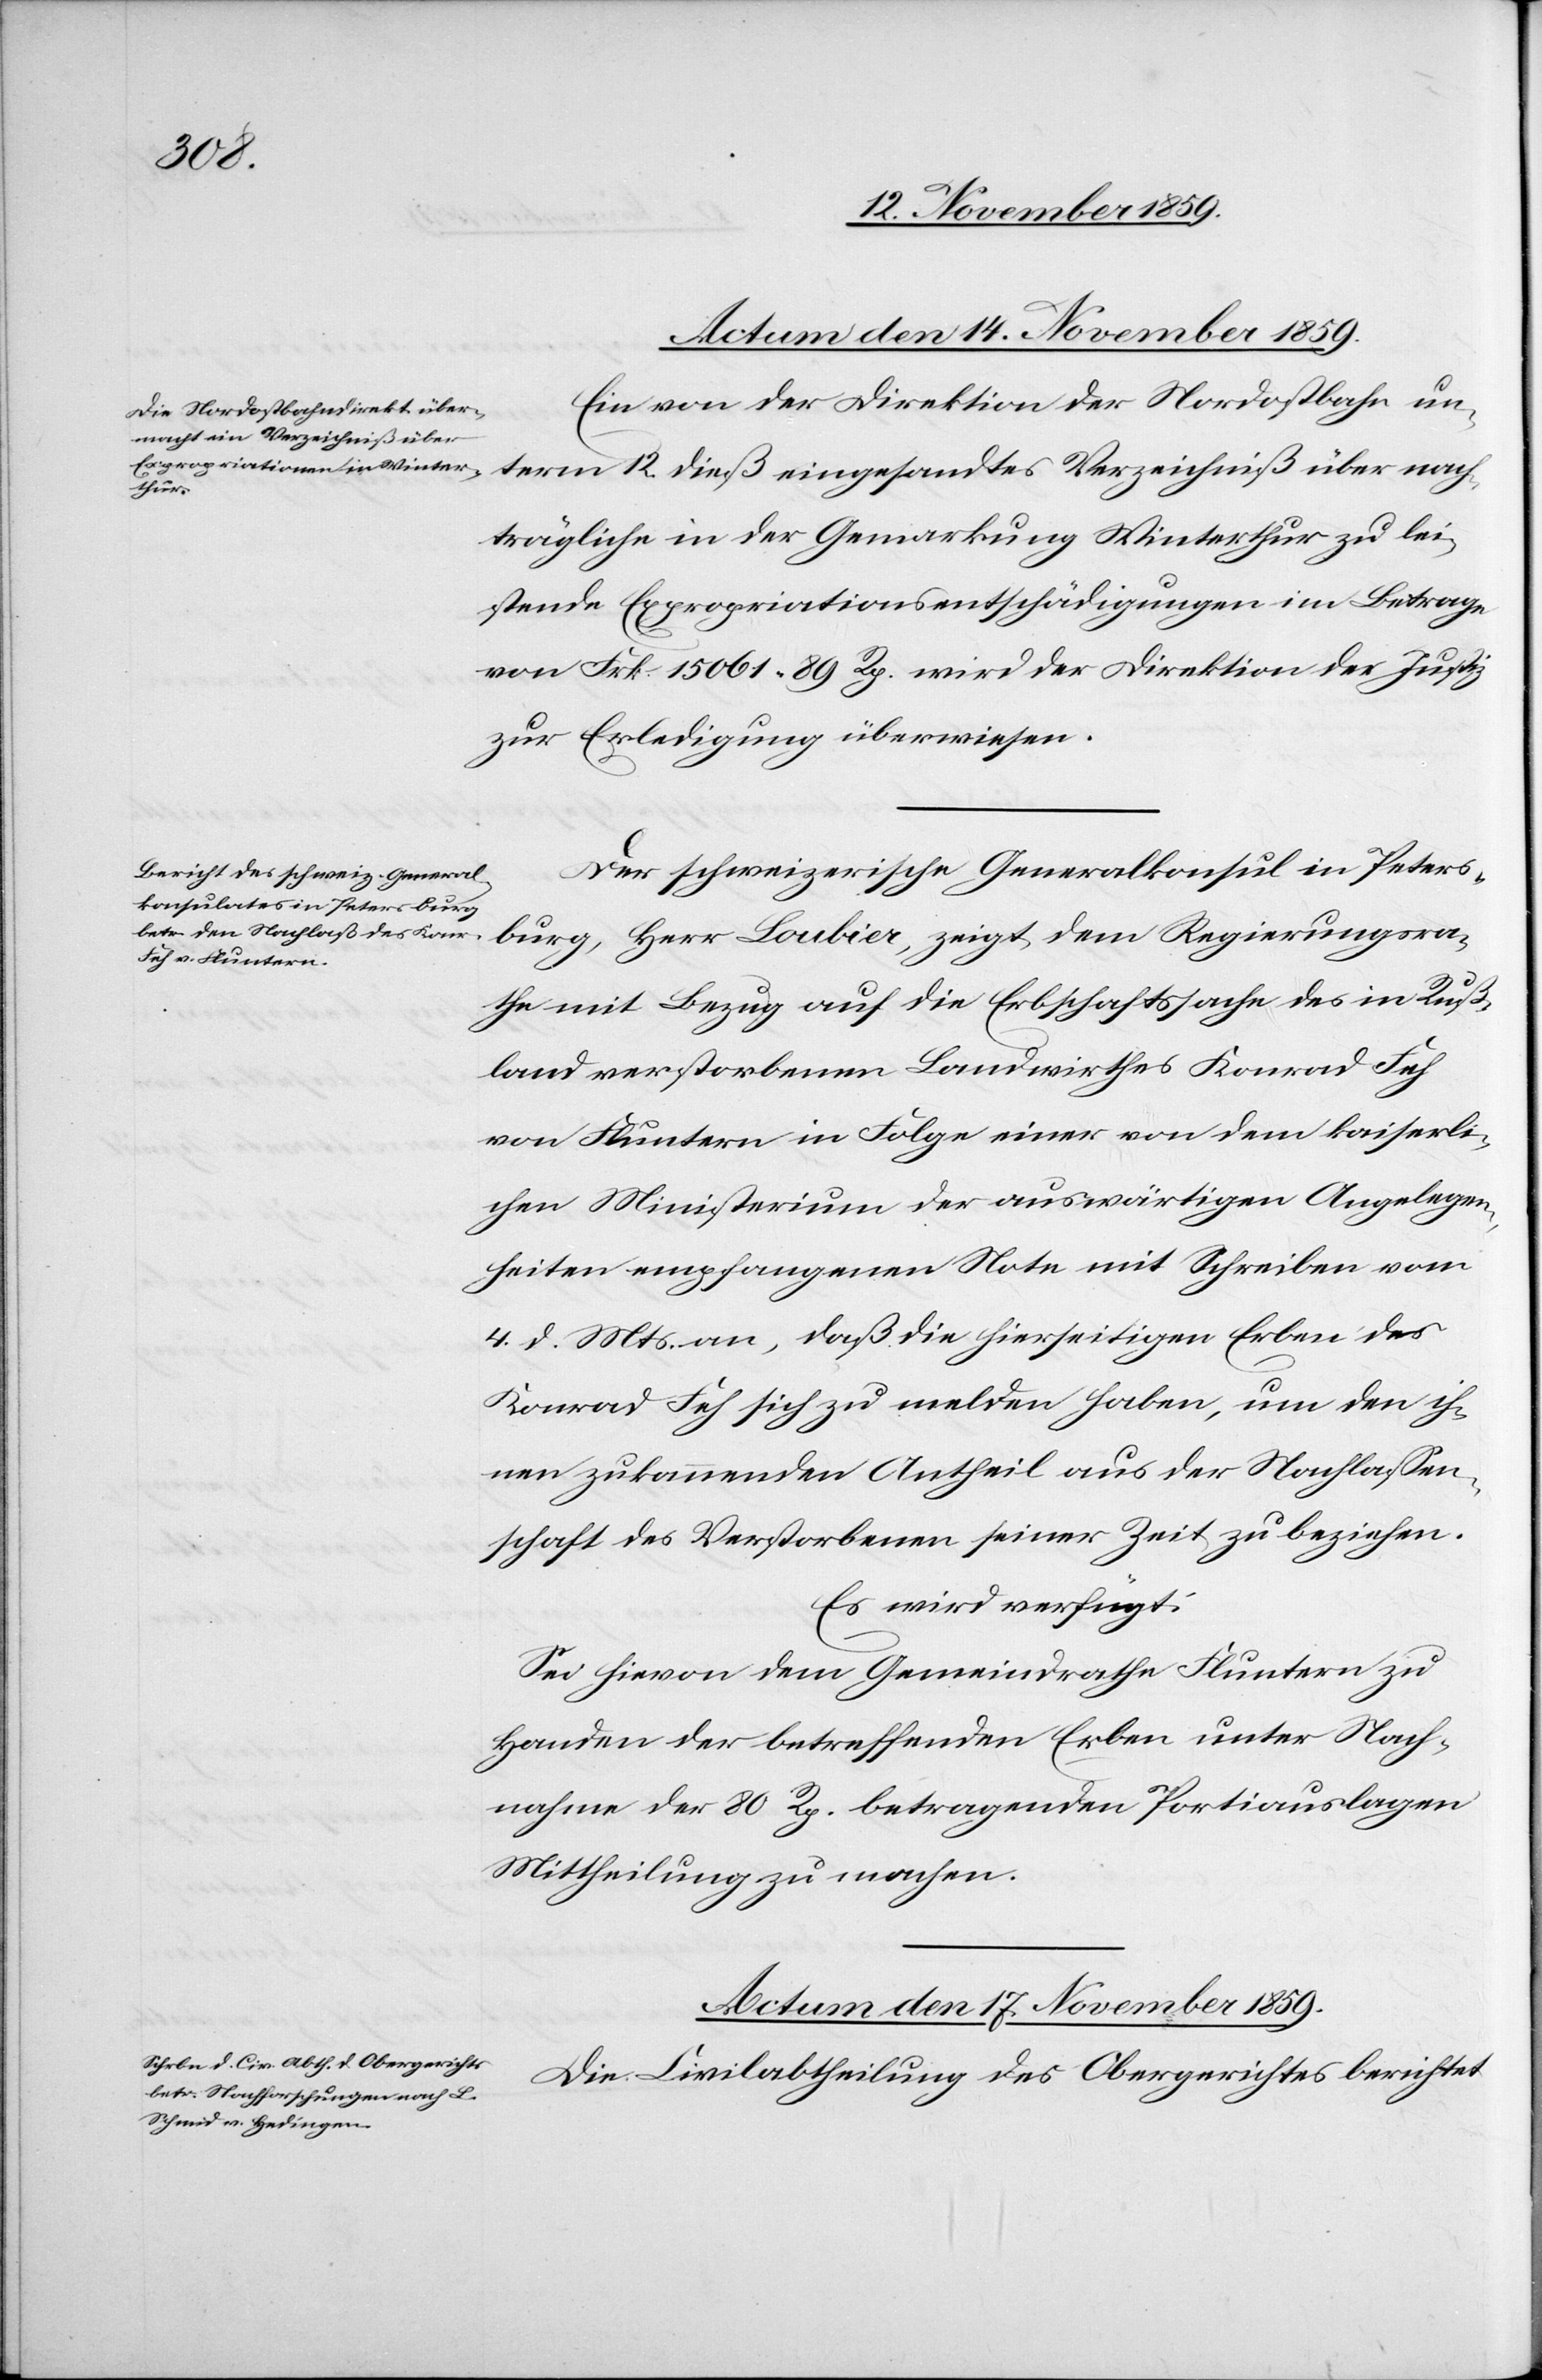
Actum den 14. November 1859.
Ein von der Direktion der Nordostbahn un¬
term 12. dieß eingesandtes Verzeichniß über nach¬
trägliche in der Gemarkung Winterthur zu lei¬
stende Expropriationsentschädigungen im Betrage
von Frk. 15061 89 Rp. wird der Direktion der Justiz
zur Erledigung überwiesen.
Der schweizerische Generalkonsul in Peters¬
burg, Herr Loubier, zeigt dem Regierungsra¬
the mit Bezug auf die Erbschaftssache des in Ruß¬
land verstorbenen Landwirthes Konrad Feh
von Fluntern in Folge einer von dem kaiserli¬
chen Ministerium der auswärtigen Angelegen¬
heiten empfangenen Note mit Schreiben vom
4. d. Mts. an, daß die hierseitigen Erben des
Konrad Feh sich zu melden haben, um den ih¬
nen zukommenden Antheil aus der Nachlassen¬
schaft des Verstorbenen seiner Zeit zu beziehen.
Es wird verfügt:
Sei hievon dem Gemeindrathe Fluntern zu
Handen der betreffenden Erben unter Nach¬
nahme der 80 Rp. betragenden Portiauslagen
Mittheilung zu machen.
Actum den 17. November 1859.
Die Civilabtheilung des Obergerichtes berichtet